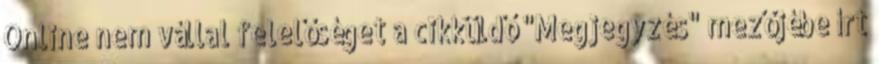
Online nem vállal felelőséget a cikküldő "Megjegyzés" mezőjébe írt